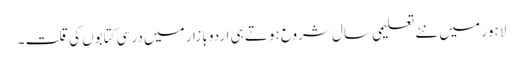
لاہور میں نئے تعلیمی سال شروع ہوتے ہی اردو بازار میں درسی کتابوں کی قلت ۔